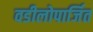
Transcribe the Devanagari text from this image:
वडीलोपार्जित